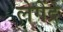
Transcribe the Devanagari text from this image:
लेगेंद्रे